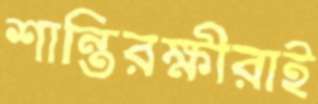
শান্তিরক্ষীরাই